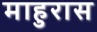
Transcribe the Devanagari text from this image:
माहुरास